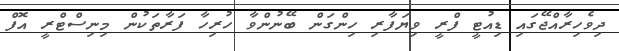
ދިވެހިރާއްޖޭގައި ޑިއުޓީ ފްރީ ވިޔަފާރި ހިންގަން ބޭނުންވާ ހުރިހާ ފަރާތަކުން މިނިސްޓްރީ އޮފް